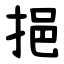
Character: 挹